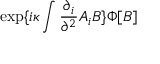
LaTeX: \exp \{ i \kappa \int \frac { \partial _ { i } } { \partial ^ { 2 } } A _ { i } B \} \Phi [ B ]